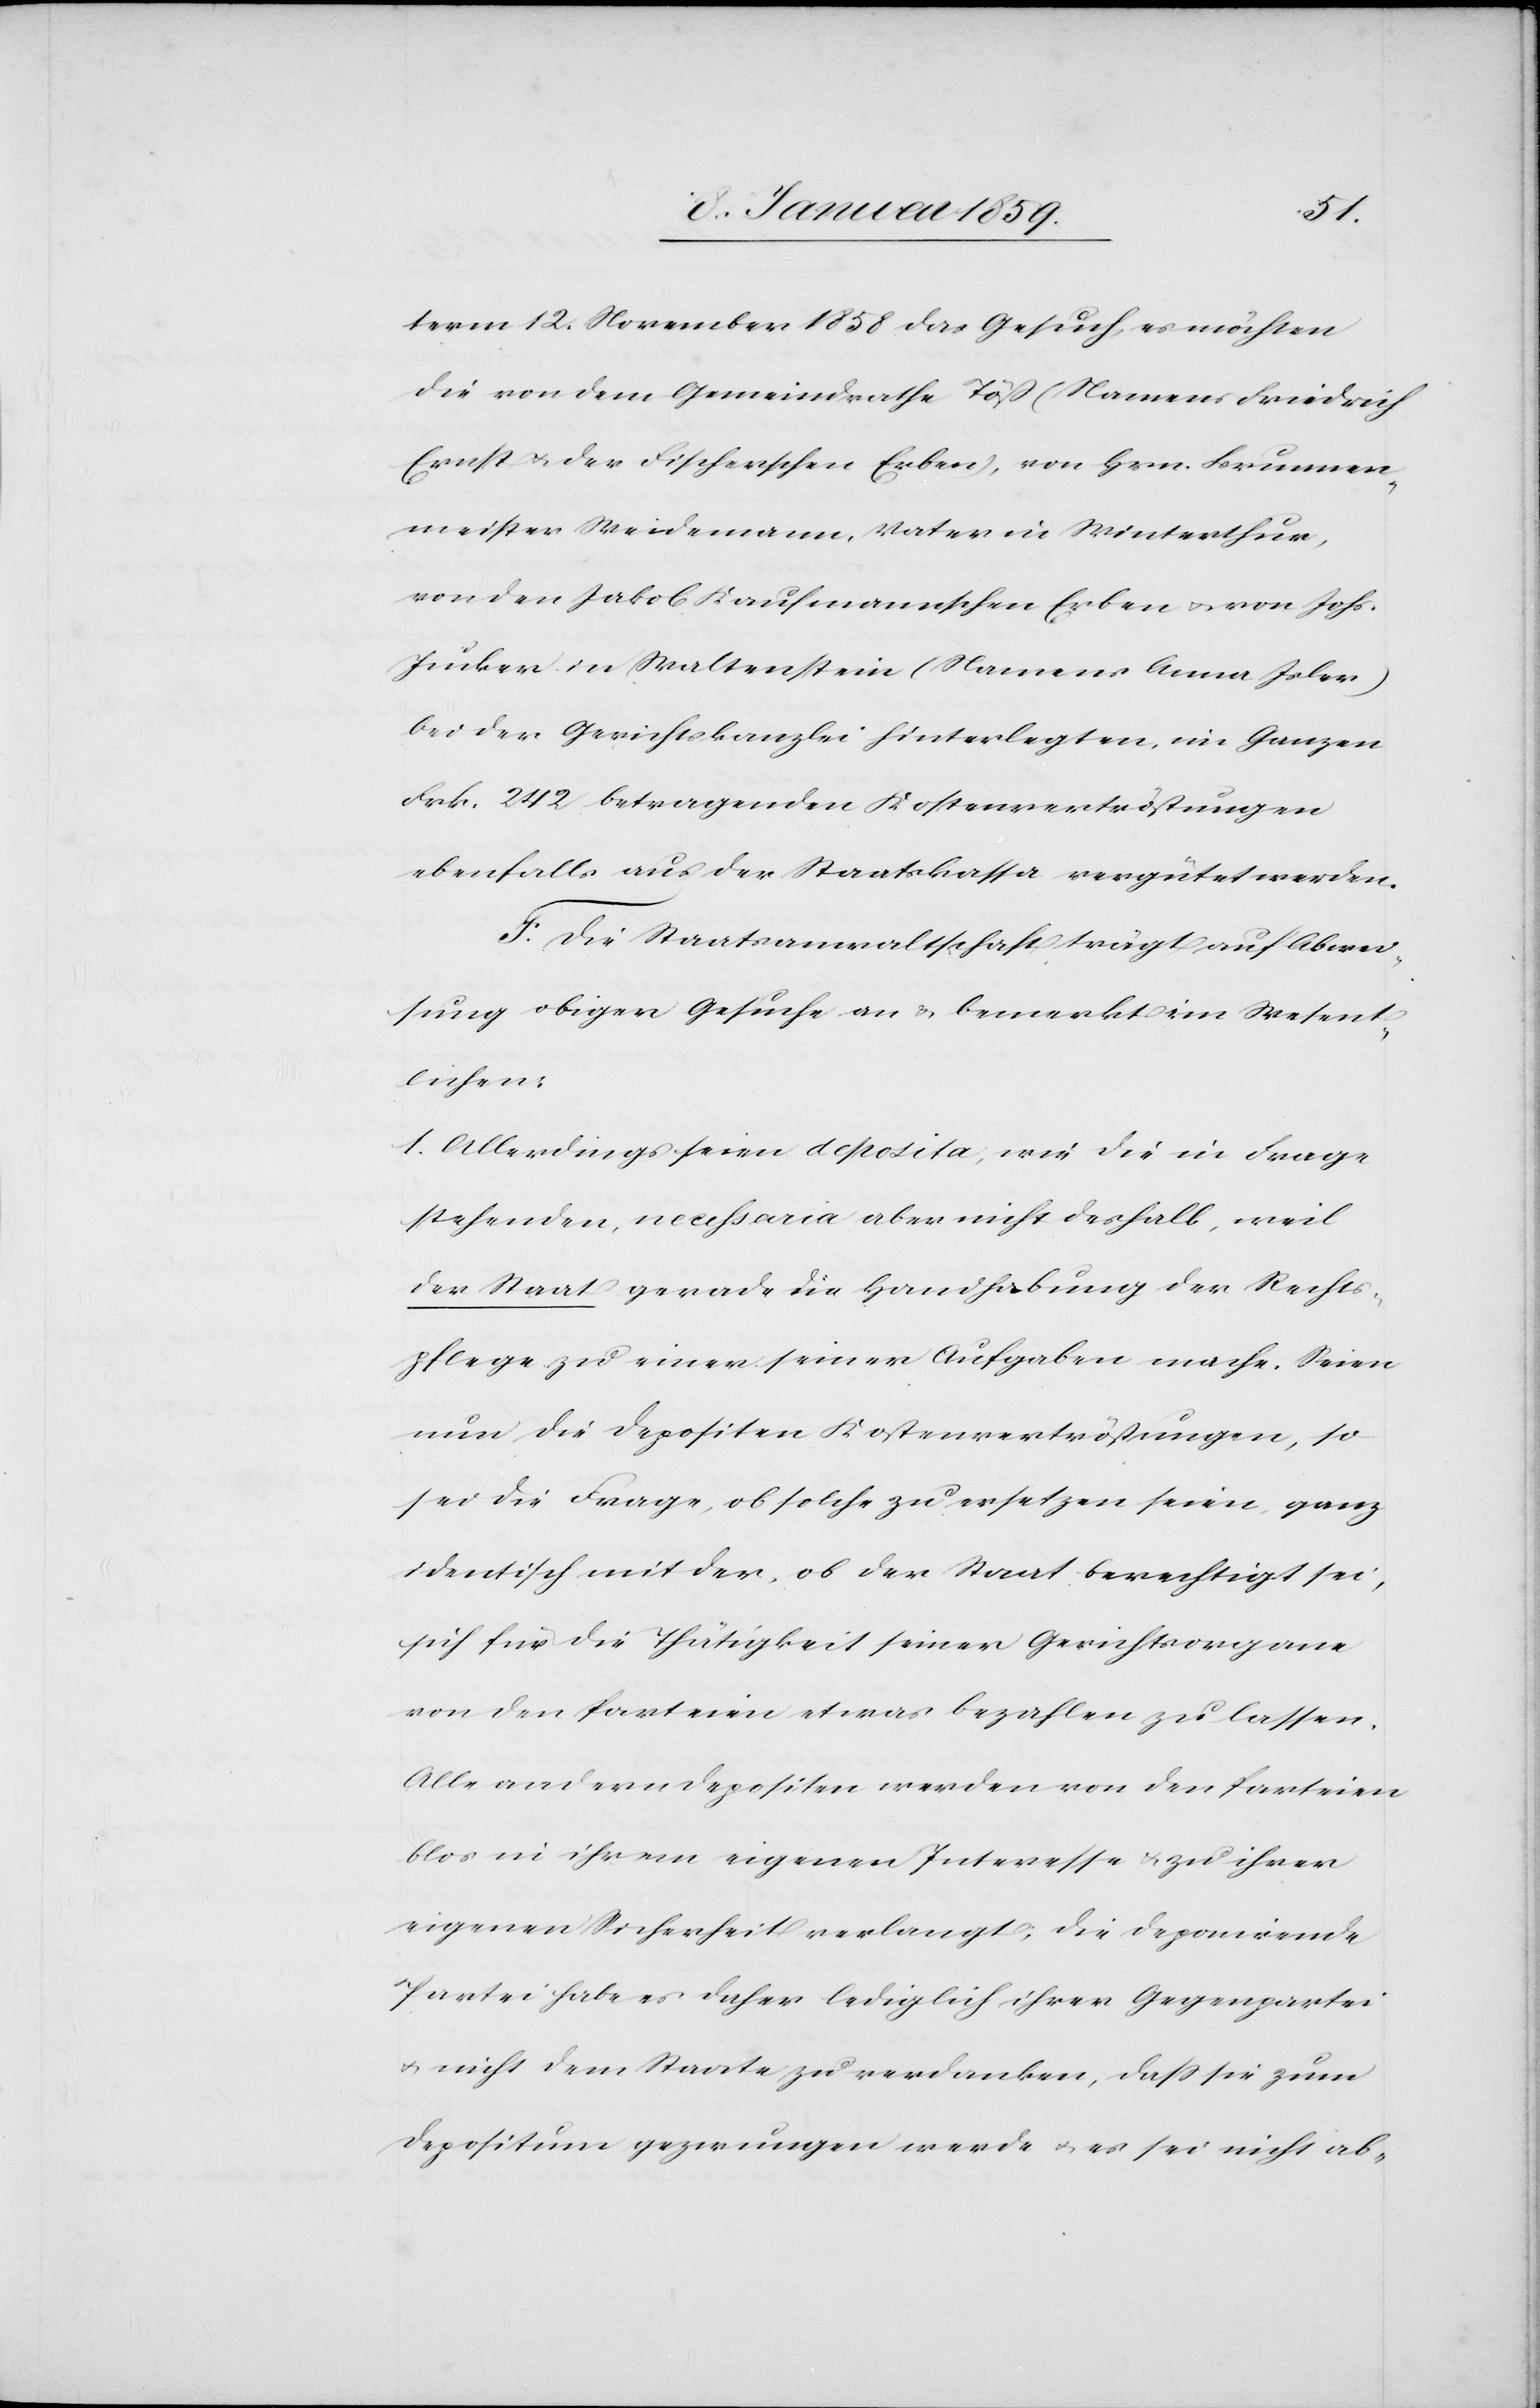
falls
term 12. November 1858 das Gesuch, es möchten
die von dem Gemeinderathe Töß (Namens Friedrich
Ernst u. der Fischerschen Erben), von Hrn. Brunnen¬
meister Weidemann, Vater in Winterthur,
von den Jakob Kaufmannschen Erben u. von Johs.
Tucker in Waltenstein (Namens Anna Isler)
bei der Gerichtskanzlei Kostenvertröstungen eben¬
F. Die Staatsanwaltschaft tragt auf Abwei¬
sung obiger Gesuche an & bemerkt im Wesent¬
lichen:
1. Allerdings seien Deposita, wie die in Frage
stehenden, necessaria aber nicht deshalb, weil
der Staat gerade die Handhabung der Rechts¬
pflege zu einer seiner Aufgaben mache. Seien
nun die Depositen Kostenvertröstungen, so
sei die Frage, ob solche zu ersetzen seien ganz
identisch mit der, ob der Staat berechtigt sei,
sich für die Thätigkeit seiner Gerichtsorgane
von den Parteien etwas bezahlen zu lassen.
Alle andern Depositen werden von den Parteien
blos in ihrem eigenen Interesse u. zu ihrer
eigenen Sicherheit verlangt; die deponirende
Partei habe es daher lediglich ihrer Gegenpartei
u. nicht dem Staate zu verdanken, daß sie zum
Depositum gezwungen werde u. es sei nicht ab-